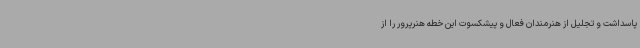
پاسداشت و تجلیل از هنرمندان فعال و پیشکسوت این خطه هنرپرور را از